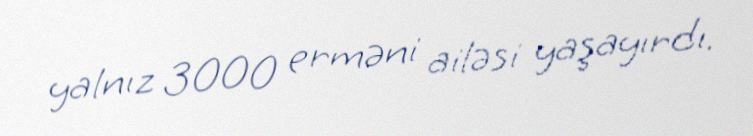
yalnız 3000 erməni ailəsi yaşayırdı.